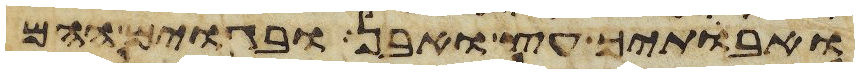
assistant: ואבתיך עץ ואבן ובגוים ההם